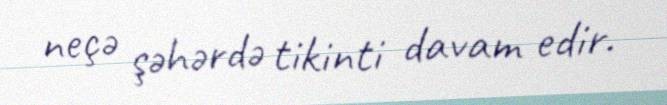
neçə şəhərdə tikinti davam edir.